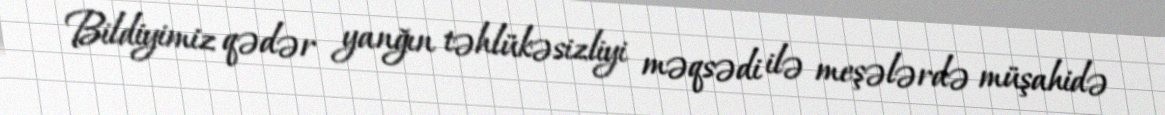
Bildiyimiz qədər yanğın təhlükəsizliyi məqsədi ilə meşələrdə müşahidə